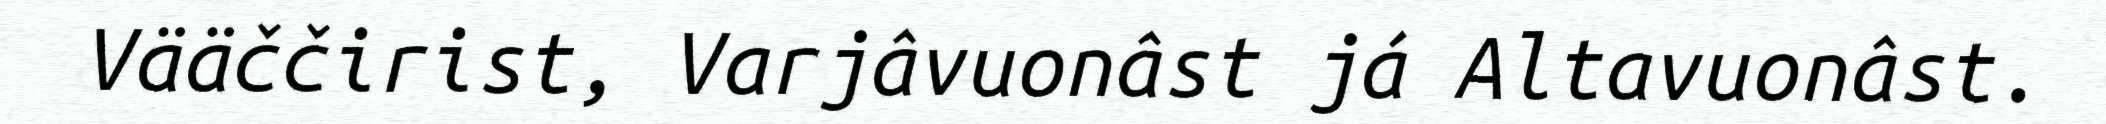
Vääččirist, Varjâvuonâst já Altavuonâst.